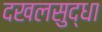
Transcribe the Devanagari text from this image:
दखलसुद्धा